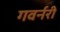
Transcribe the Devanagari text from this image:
गवर्नरी